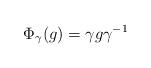
LaTeX: \begin{align*} \Phi_{\gamma}(g) = \gamma g \gamma^{-1}\end{align*}